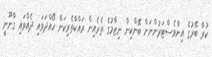
ކުރާ ބޭރުގެ އިންވެސްޓަރުންނަށް ބޭންކިން ނިޒާމުގެ ތެރެއިން ރައްކާތެރިކަން ހޯއްދަވައި ދެއްވައި ގާނޫނީ